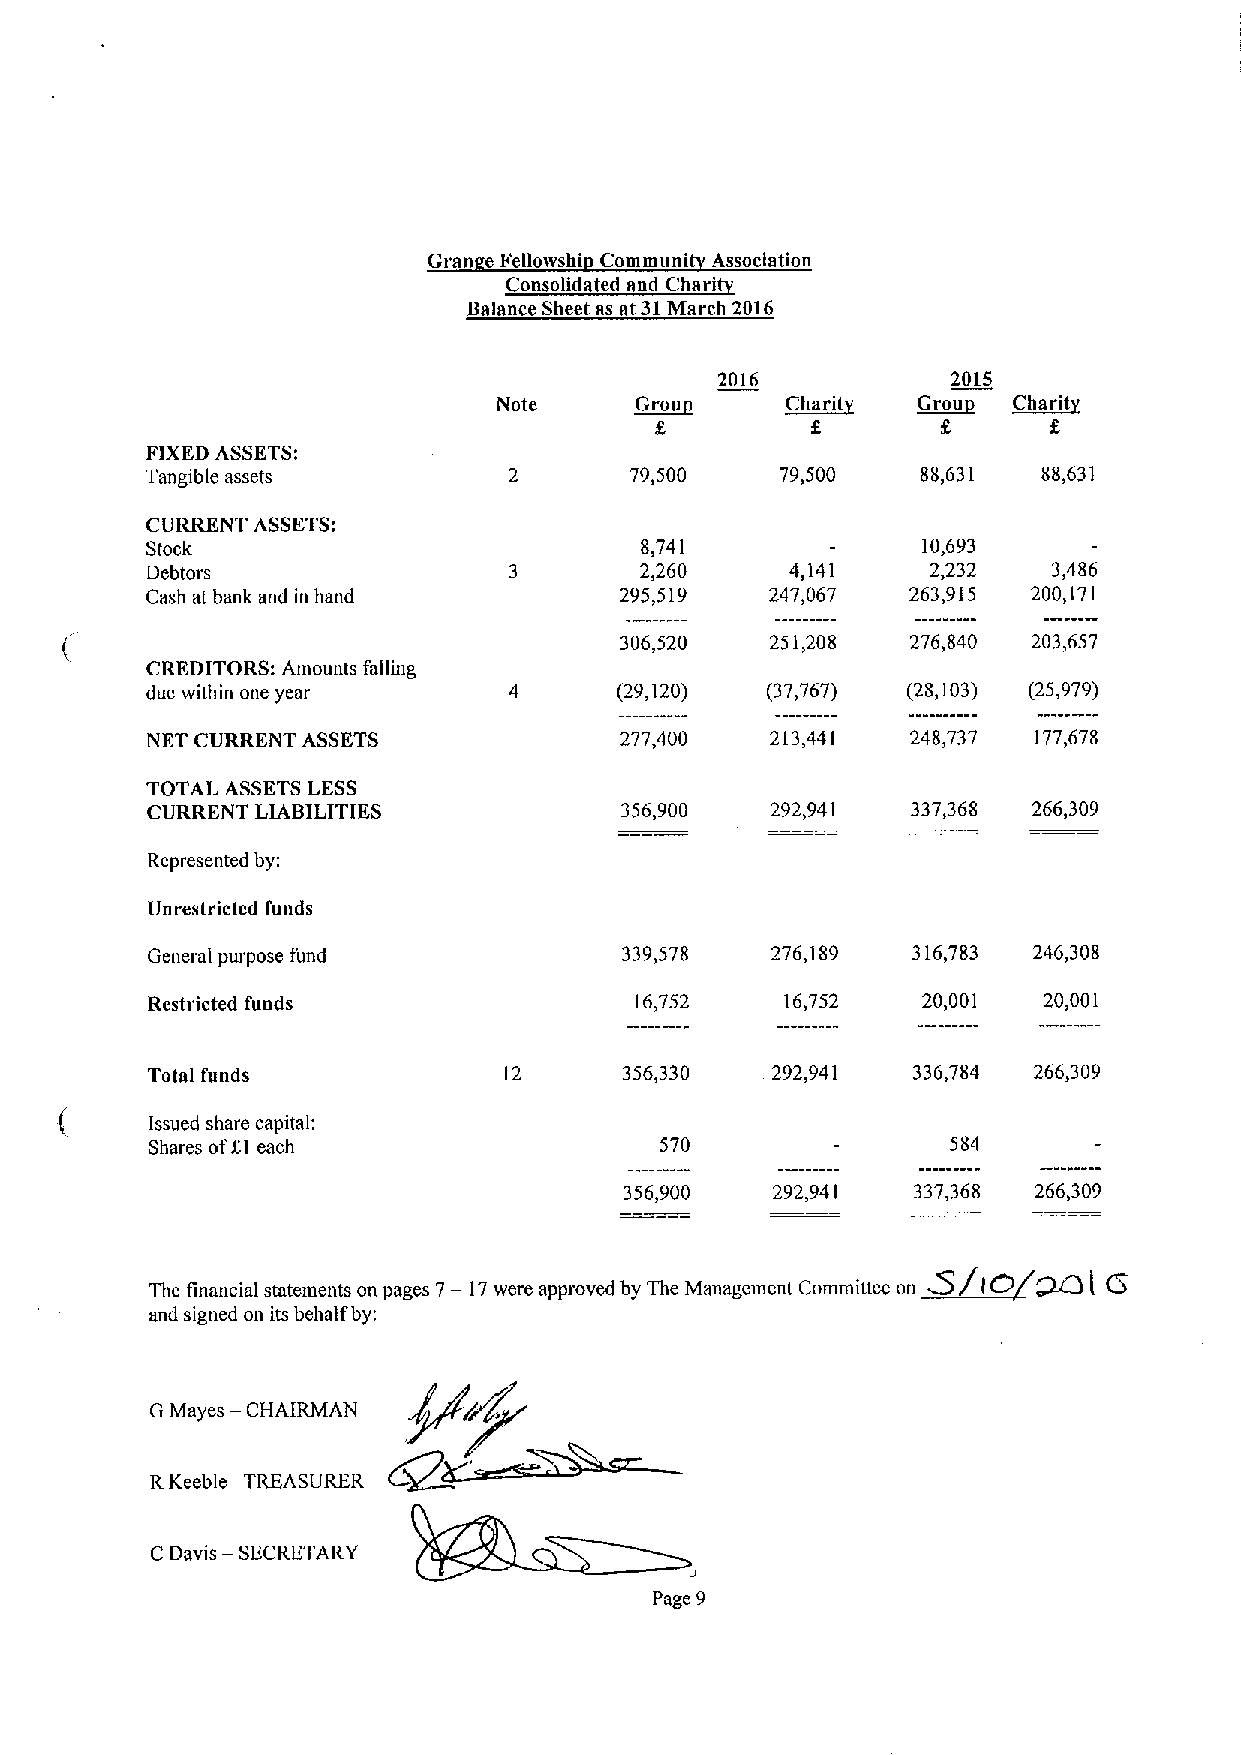
Gran e Fellowshi Communi Association
 Consolidated and Chari
 Balance Sheet as at 31March 2016
 2016           2015
 Note     ~Grou     ~Charit  ~Grou ~Charit
 f
 g
 FIXEDASSETS:
 Tangible assets                 79,500    79,500   88,631  88,631
 CURRENT ASSETS:
 Stock                           8,741              10,693
 Debtors                         2,260     4,141     2,232   3,486
 Cash at bank and in hand       295,519   247,067  263,915 200,171
 306,520   251,208  276,840 203,657
 CREDITORS: Amounts falling
 due within one year            (29,120)  (37,767) (28,103) (25,979)
 NET CURRENT ASSETS             277,400   213,441  248,737 177,678
 TOTAL ASSETS LESS
 CURRENT LIABILITIES            356,900   292,941  337,368 266,309
 Represented by;
 Unrestricted funds
 General purpose fund           339,578   276,189  316,783 246,308
 Restricted funds                16,752    16,752   20,001  20,001
 Total funds            12      356,330   292,941  336,784 266,309
 Issued share capital:
 Shares ofgt each                  570                584
 356,900   292,941  337,368 266,309
 pg tt 7 t t    p g 7 — 77 pp Mgytt M  g   tc   'tt ~Q/to   opo1 ct
 and signed on its behalf by;
 C M   CHAIRMAN   Qgf~+
 y
 —
 RKeeble TREASURER
 C Davis
 —SECRETARY
 Page 9